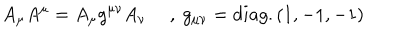
LaTeX: A _ { \mu } A ^ { \mu } = A _ { \mu } g ^ { \mu \nu } A _ { \nu } ~ ~ , ~ g _ { \mu \nu } = d i a g . ( 1 , - 1 , - 1 )